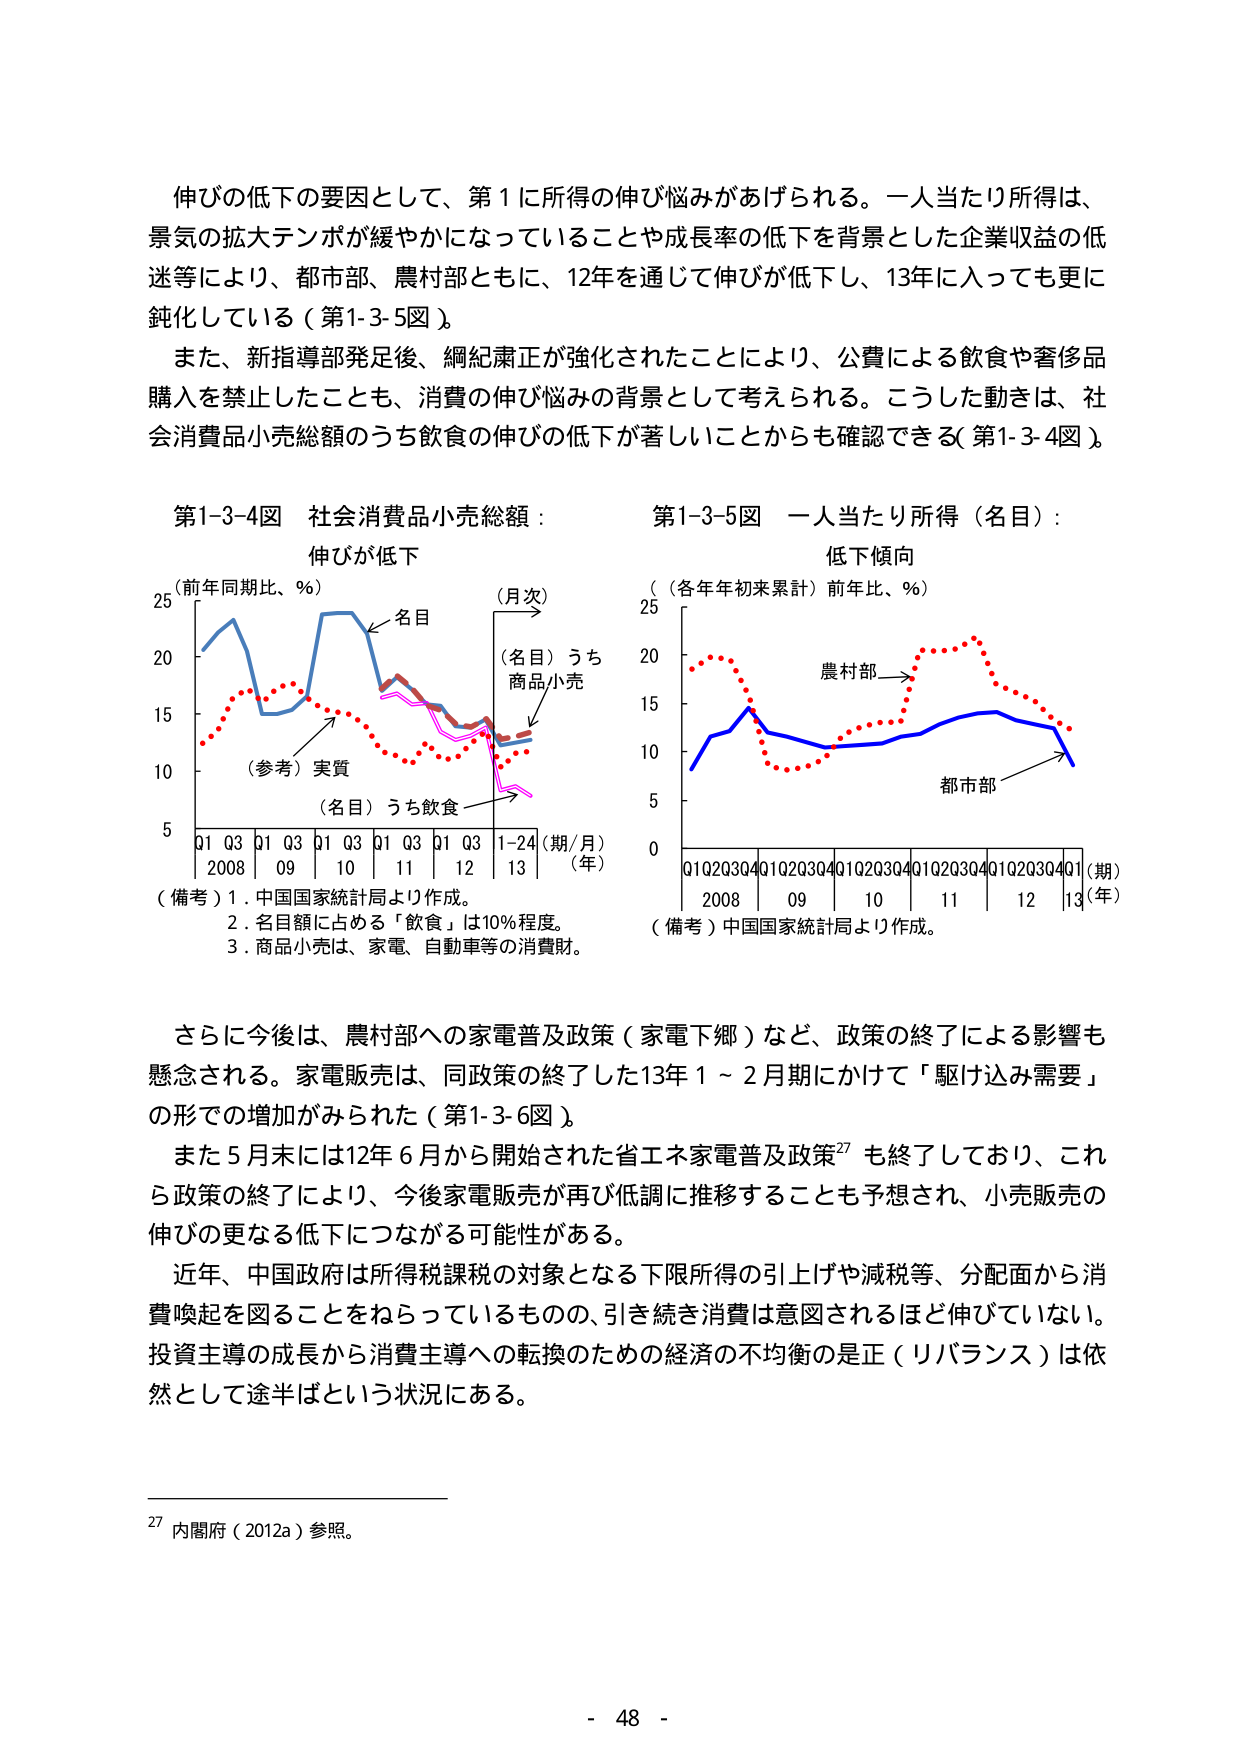
伸びの低下の要因として、第1に所得の伸び悩みがあげられる。一人当たり所得は、景気の拡大テンポが緩やかになっていることや成長率の低下を背景とした企業収益の低迷等により、都市部、農村部ともに、12年を通じて伸びが低下し、13年に入っても更に鈍化している（第1-3-5図）。

また、新指導部発足後、綱紀粛正が強化されたことにより、公費による飲食や奢侈品購入を禁止したことも、消費の伸び悩みの背景として考えられる。こうした動きは、社会消費品小売総額のうち飲食の伸びの低下が著しいことからも確認できる（第1-3-4図）。

第1-3-4図　社会消費品小売総額：
伸びが低下

（前年同期比、％）
25
20
15
10
5

（月次）
（名目）うち
商品小売
（参考）実質
（名目）うち飲食

Q1 Q3 Q1 Q3 Q1 Q3 Q1 Q3 Q1 Q3 1-24（期/月）
2008 09 10 11 12 13 （年）

（備考）1．中国国家統計局より作成。
　　　2．名目額に占める「飲食」は10％程度。
　　　3．商品小売は、家電、自動車等の消費財。

第1-3-5図　一人当たり所得（名目）：
低下傾向

（（各年年初来累計）前年比、％）
25
20
15
10
5
0

農村部
都市部

Q1Q2Q3Q4Q1Q2Q3Q4Q1Q2Q3Q4Q1Q2Q3Q4Q1Q2Q3Q4Q1（期）
2008 09 10 11 12 13（年）

（備考）中国国家統計局より作成。

さらに今後は、農村部への家電普及政策（家電下郷）など、政策の終了による影響も懸念される。家電販売は、同政策の終了した13年1～2月期にかけて「駆け込み需要」の形での増加がみられた（第1-3-6図）。

また5月末には12年6月から開始された省エネ家電普及政策27も終了しており、これら政策の終了により、今後家電販売が再び低調に推移することも予想され、小売販売の伸びの更なる低下につながる可能性がある。

近年、中国政府は所得税課税の対象となる下限所得の引上げや減税等、分配面から消費喚起を図ることをねらっているものの、引き続き消費は意図されるほど伸びていない。投資主導の成長から消費主導への転換のための経済の不均衡の是正（リバランス）は依然として途半ばという状況にある。

27 内閣府（2012a）参照。

- 48 -